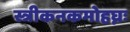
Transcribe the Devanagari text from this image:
स्त्रीकनकमोहघ्नः